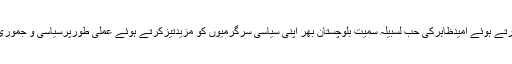
اس موقع پرواجہ اسداللہ بلوچ نئے شامل ہونے والوں کا خیرمقدم کرتے ہوئے امیدظاہرکی حب لسبیلہ سمیت بلوچستان بھر اپنی سیاسی سرگرمیوں کو مزیدتیزکرتے ہوئے عملی طورپرسیاسی و جموری انداز میں بی این پی عوامی کا پیغام گھرگھرتک پہنچائے جاے ۔